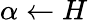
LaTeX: \alpha\leftarrow H